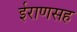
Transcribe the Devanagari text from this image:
ईराणसह